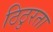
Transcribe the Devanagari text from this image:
ठिठुरता